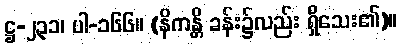
ဋ္ဌ-၂၃၁၊ ပါ-၁၆၆။ (နိကန္တိ ခန်း၌လည်း ရှိသေး၏)။